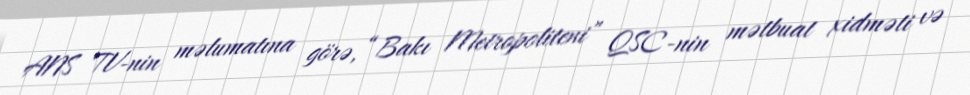
ANS TV-nin məlumatına görə, “Bakı Metropoliteni” QSC-nin mətbuat xidməti və